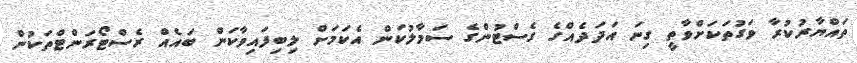
ތައްޔާރުކުރާ ވަގުތަކަށްވާތީ ގިނަ އަދަދެއްގެ ގެސްޓުންގެ ސަމާލުކަން އެކަމަށް ލިބިފައިވާކަން ބައެއް ރެސްޓޯރަންޓްތަކުން